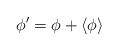
LaTeX: \begin{align*}\phi^{\prime}= \phi + \langle \phi \rangle\end{align*}